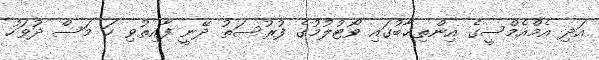
އަދި އެމްއެމްސީގެ އިންތިޚާބުގައި ވޯޓުލުމުގެ ފުރުސަތު ދޭނީ ފާއިތުވި ހަ މަސް ދުވަހު